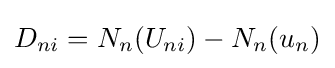
D_{ni}=N_{n}(U_{ni})-N_{n}(u_{n})